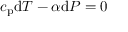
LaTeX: c _ { \mathrm { p } } \mathrm { d } T - \alpha \mathrm { d } P = 0